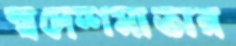
স্বদেশমাতার